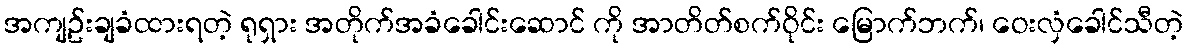
အကျဥ်းချခံထားရတဲ့ ရုရှား အတိုက်အခံခေါင်းဆောင် ကို အာတိတ်စက်ဝိုင်း မြောက်ဘက်၊ ဝေးလှံခေါင်သီတဲ့